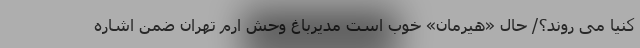
کنیا می روند؟/ حال «هیرمان» خوب است مدیرباغ وحش ارم تهران ضمن اشاره